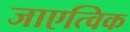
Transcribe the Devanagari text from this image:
जाएत्विक